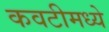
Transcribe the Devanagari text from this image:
कवटीमध्ये